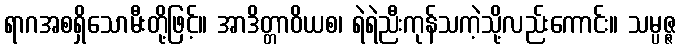
ရာဂအစရှိသောမီးတို့ဖြင့်။ အာဒိတ္တာဝိယစ၊ ရဲရဲညီးကုန်သကဲ့သို့လည်းကောင်း။ သမ္ပဇ္ဇ